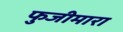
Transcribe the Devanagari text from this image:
फुजीमारा